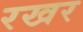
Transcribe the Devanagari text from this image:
रखर